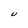
Character: U